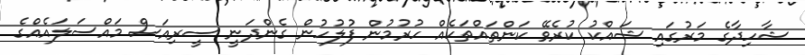
ޝާހިދާގެ މަރުގައި ޝައްކު ކުރެވޭ ކަންތައްތަކެއް ހުރުމުން ފުލުހުން ގެންދަނީ ސީރިއަސް މައްސަލައެއްގެ